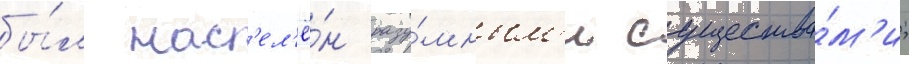
бы́л нас'ел'ё́н разу́мным'и существа́м'и;